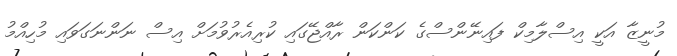
މުނީޒާ އަކީ އިސްލާމިކް ފައިނޭންސްގެ ކަންކަން ރާއްޖޭގައި ކުރިއެރުވުމަށް އިސް ނަންނަގަވައި މުހިއްމު